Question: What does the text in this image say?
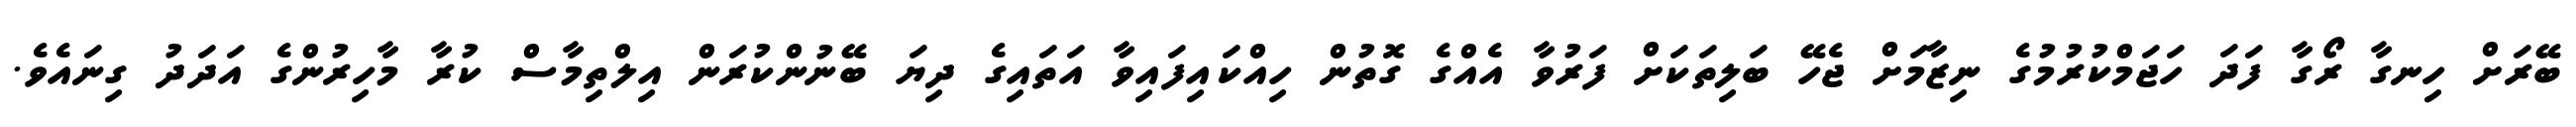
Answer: ބޭރަށް ހިނގާ ރޯގާ ފަދަ ހަޖަމްކުރުމުގެ ނިޒާމަށް ޖެހޭ ބަލިތަކަށް ފަރުވާ އެއްގެ ގޮތުން ހިއްކައިފައިވާ އަތައިގެ ދިޔަ ބޭނުންކުރަން އިލްތިމާސް ކުރާ މާހިރުންގެ އަދަދު ގިނައެވެ.